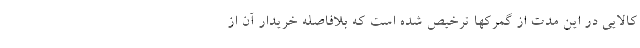
کالایی در این مدت از گمرکها ترخیص شده است که بلافاصله خریدار آن از